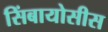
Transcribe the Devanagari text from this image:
सिंबायोसीस